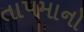
તાપમાનો